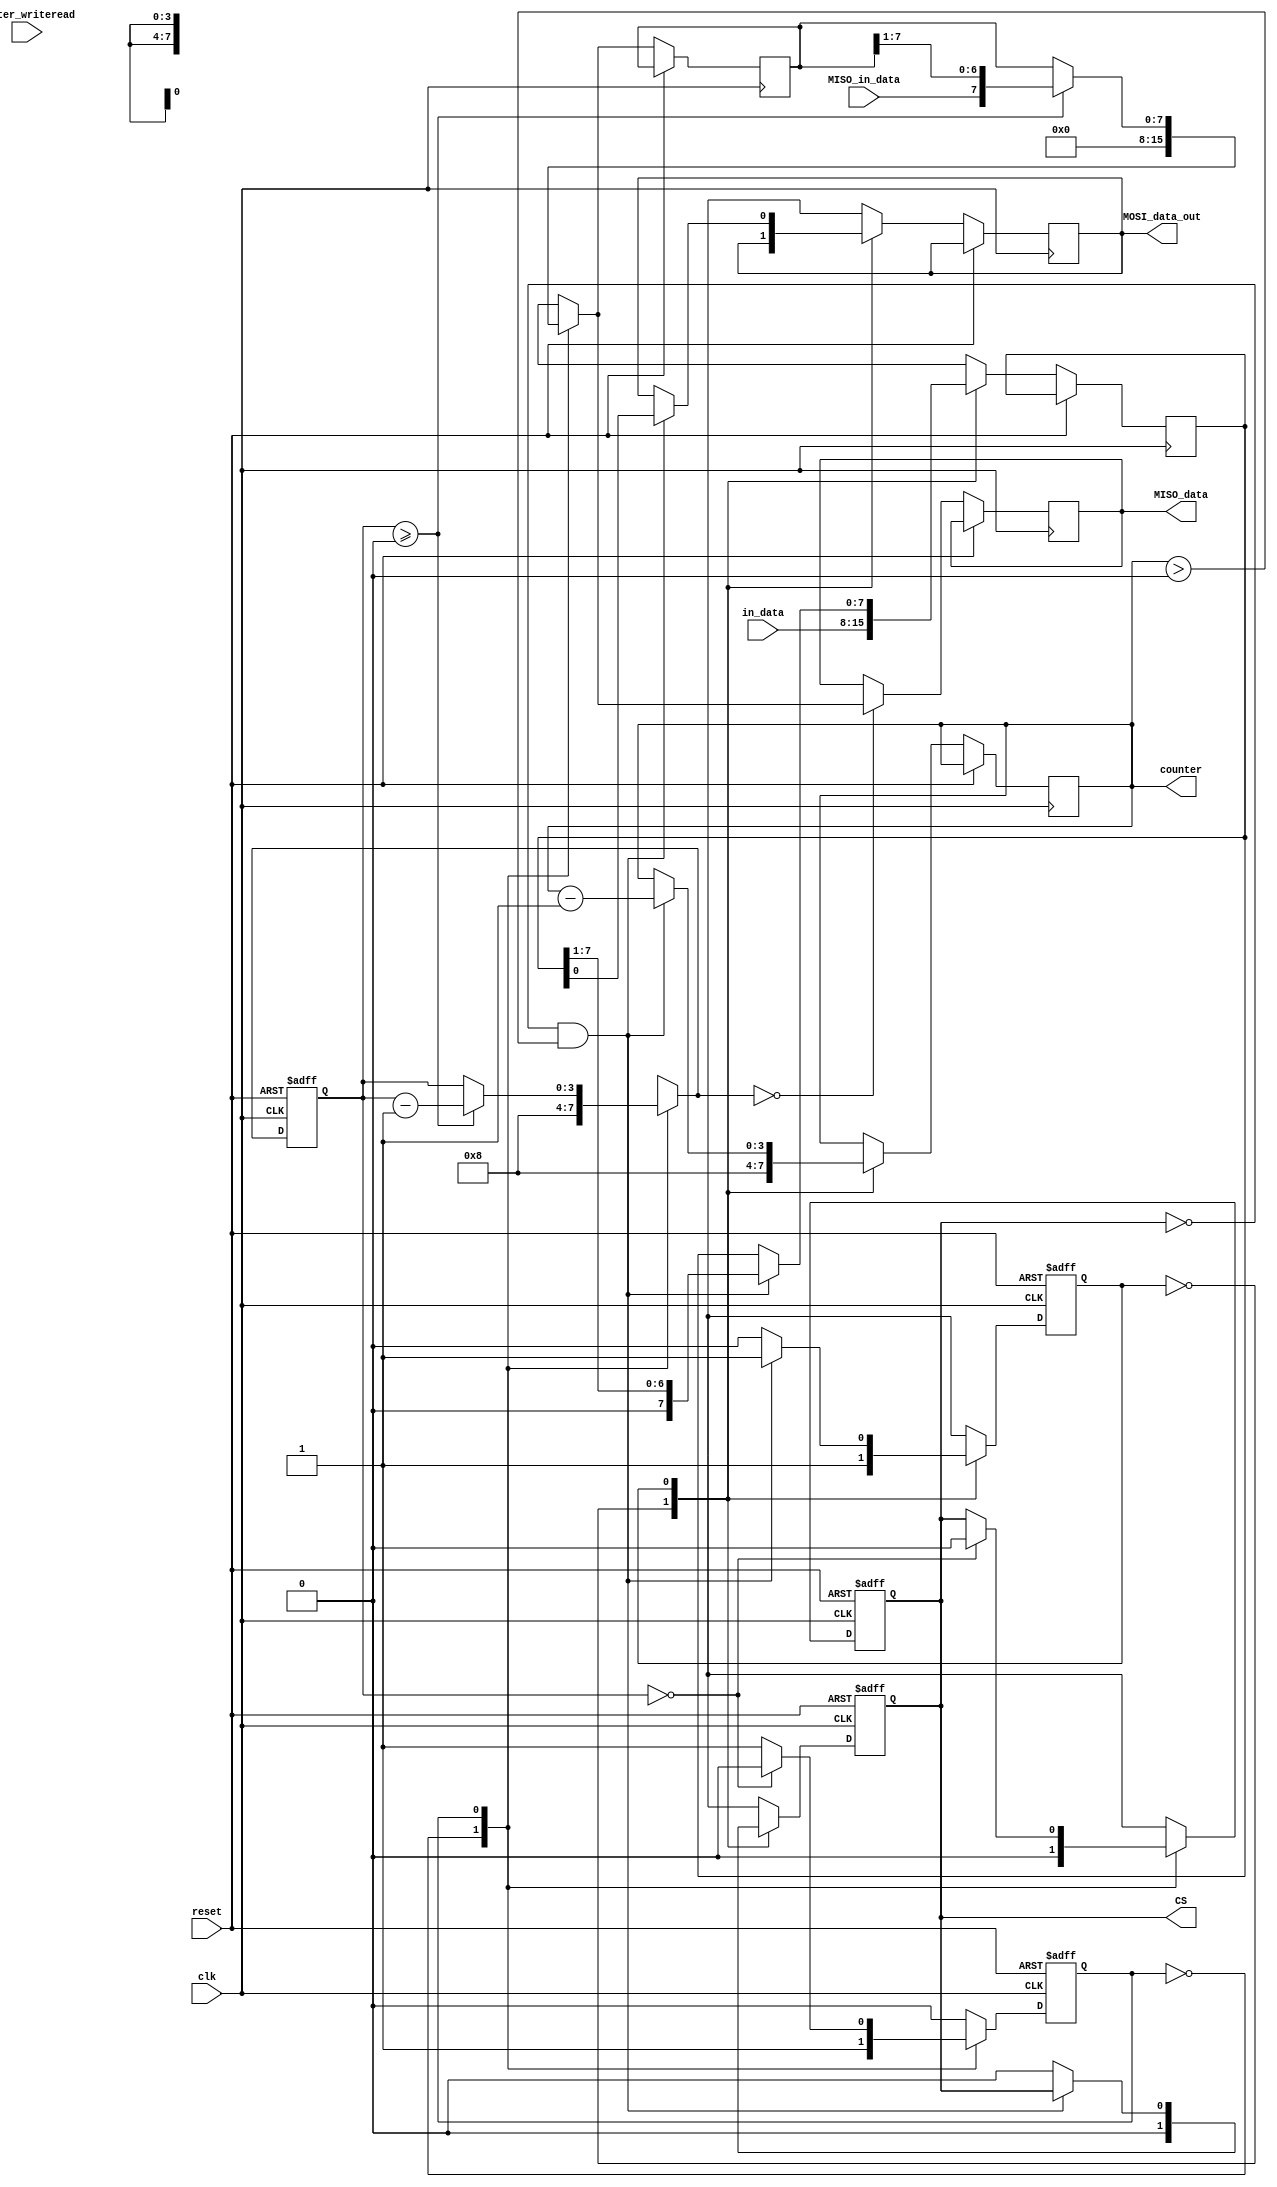
`timescale 1ns / 1ps
//////////////////////////////////////////////////////////////////////////////////
// Company: 
// Engineer: 
// 
// Design Name: 
// Module Name: BIST
// Project Name: 
// Target Devices: 
// Tool Versions: 
// Description: 
// 
// Dependencies: 
// 
// Revision:
// Revision 0.01 - File Created
// Additional Comments:
// 
//////////////////////////////////////////////////////////////////////////////////

//SPI Master Module

module spi_master(

    input wire [7:0] in_data,
    input wire MISO_in_data,
    input wire reset,
    input wire clk,        //system clock
    input wire master_writeread,        //1 for write and 0 for read

    output wire CS, 
    output wire  MOSI_data_out,
    output wire [3:0] counter,
    output wire [7:0] MISO_data
    
);

reg [7:0] master_MOSI;  //master_MISO shift register
reg cs;            // control chip select   when cs is low(i.e., 0)it transfers data to that slave
reg  master_MOSI_state;
reg  master_MISO_state;
reg [3:0] master_MOSI_count;
reg [3:0] master_MISO_count;
reg [7:0] master_MISO_out_data;
reg [7:0] master_MISO;
reg out;
  
always@(posedge clk or posedge reset)
    begin
 
        if(reset)
            begin
                
                cs <= 1'b1;
                master_MOSI_state <= 1'b0;
            end
        else 
            begin
                case(master_MOSI_state)
                    0:             //state 0
                            begin
                                cs <=1'b0;
                                master_MOSI_state <= 1;
                                master_MOSI_count <= 4'd8;
                                master_MOSI= in_data;
                            end
                      

                    1: begin                 //state 1
                        if(cs==0 && master_MOSI_count>0)
                            begin
                                out = master_MOSI[0];          //master_MOSI data out which would go in SLAVE
                                master_MOSI = master_MOSI >> 1;
                                master_MOSI_count <= master_MOSI_count-1;
                            end
                        else
                            begin
                                cs =1'b0;
                                master_MOSI_state = 0;
                            end
                        end 

                    default :master_MOSI_state <= 0; 
                endcase
            end
   end

   
   always@(posedge clk or posedge reset)
    begin

        if(reset)
            begin
                master_MISO_count <= 4'd0;
                cs <= 1'b1;
                master_MISO_state <=1'b0;
            end
      
        else 
            begin
                case(master_MISO_state)
                    0:           //state 0
                       begin
                                cs <=1'b0;
                                master_MISO_state <= 1;
                                master_MISO =8'd0;
                                master_MISO_count = 4'd8;
                            
                        end

                    1: begin                 //state 1
                        if(master_MISO_count>=0)
                            begin
                                master_MISO = {MISO_in_data,master_MISO[7:1]};                      // data in of MASTER from master_MISO pin
                                master_MISO_count <= master_MISO_count-1;
                            end
                        if(master_MISO_count==0)
                            begin
                                cs =1'b0;
                                master_MISO_state <= 0;
                            end
                        end 

                    default :master_MISO_state <= 0; 
                endcase
           
            
            if(master_MISO_count == 0)
             begin
                master_MISO_out_data = master_MISO;
             end
           end  
   end

   
assign CS = cs;
assign MOSI_data_out = out;
assign counter = master_MOSI_count;
assign MISO_data = master_MISO_out_data;

endmodule